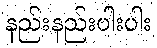
နည်းနည်းပါးပါး